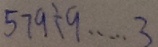
5 7 9 \div 9 \cdots 3